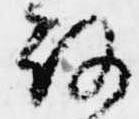
路